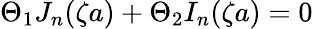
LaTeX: \Theta_{1}J_{n}(\zeta a)+\Theta_{2}I_{n}(\zeta a)=0